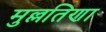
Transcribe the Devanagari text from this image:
मुल्लतिणा